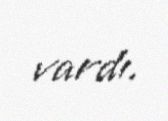
vardı.